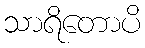
သာရိတောပိ